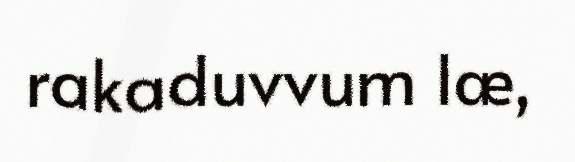
rakaduvvum læ,